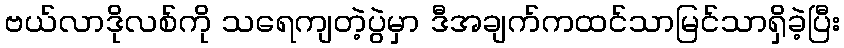
ဗယ်လာဒိုလစ်ကို သရေကျတဲ့ပွဲမှာ ဒီအချက်ကထင်သာမြင်သာရှိခဲ့ပြီး